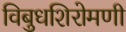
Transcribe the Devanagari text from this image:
विबुधशिरोमणी